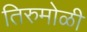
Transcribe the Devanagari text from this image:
तिरुमोळी